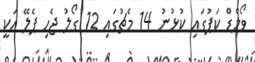
ވޯލްޑް ކަޕުގައި ކުޅުނު 14 މެޗުގައި 12 ގޯލު ޖެހި ޕެލޭ އަކީ